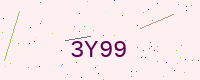
Text: 3Y99